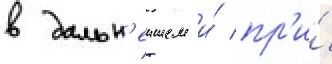
в дальн'еишем и́ пр'и́